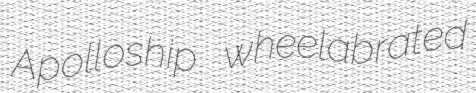
Apolloship wheelabrated